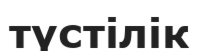
түстілік